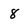
Character: 8